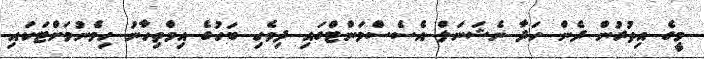
މީގެ އިތުރުން ދެން ހަދާ ނެޝަނަލް އެސެސްމަންޓްގައި ދިވެހި ބަހުގެ އިމްތިހާނު ހިމެނުމަށްޓަކައި